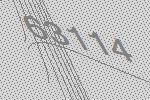
63114